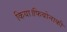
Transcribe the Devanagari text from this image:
किया।फिबोनाकी